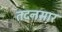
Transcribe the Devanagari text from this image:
तदनसार